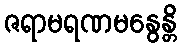
ဇရာမရဏမနွေန္တိ